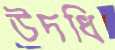
উদধি